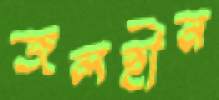
জলহীন